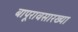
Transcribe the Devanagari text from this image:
बापूरावसारख्या